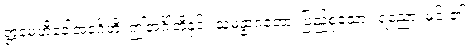
ဣမေဟိခေါအင်္ဂေဟိ၊ ဤအင်္ဂါတို့နှင့်။ သမန္နာဂတော၊ ပြည့်စုံသော။ ရညော၊ မင်း၏။